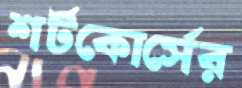
শর্টকোর্সের